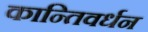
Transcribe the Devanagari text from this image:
कान्तिवर्धन